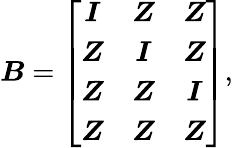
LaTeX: \boldsymbol{B}=\left[\begin{array}{ccc}{\boldsymbol{I}}&{\boldsymbol{Z}}&{\boldsymbol{Z}}\\ {\boldsymbol{Z}}&{\boldsymbol{I}}&{\boldsymbol{Z}}\\ {\boldsymbol{Z}}&{\boldsymbol{Z}}&{\boldsymbol{I}}\\ {\boldsymbol{Z}}&{\boldsymbol{Z}}&{\boldsymbol{Z}}\end{array}\right]\mathrm{,}